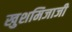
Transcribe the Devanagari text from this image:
खुशमिजाजी